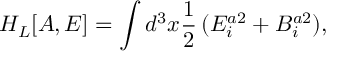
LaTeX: H _ { L } [ A , E ] = \int d ^ { 3 } x \frac { 1 } { 2 } \, ( E _ { i } ^ { a 2 } + B _ { i } ^ { a 2 } ) ,